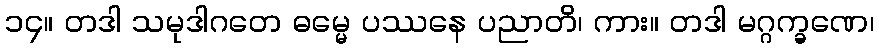
၁၄။ တဒါ သမုဒါဂတေ ဓမ္မေ ပဿနေ ပညာတိ၊ ကား။ တဒါ မဂ္ဂက္ခဏေ၊